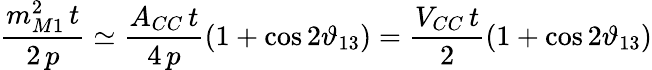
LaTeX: \frac{m_{M1}^{2}\, t}{2\, p}\simeq\frac{A_{CC}\, t}{4\, p}\left(1+\cos 2\vartheta_{13}\right)=\frac{V_{CC}\, t}{2}\left(1+\cos 2\vartheta_{13}\right)